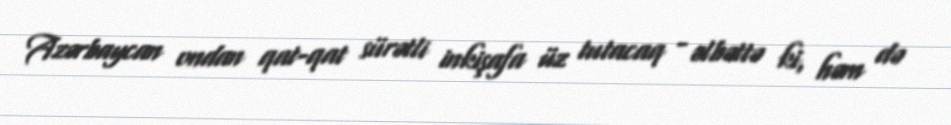
Azərbaycan ondan qat-qat sürətli inkişafa üz tutacaq - əlbəttə ki, həm də